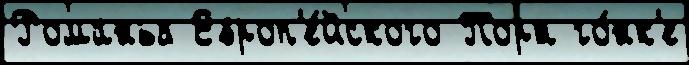
Романья Европ'е́йского Порт го́нк'е